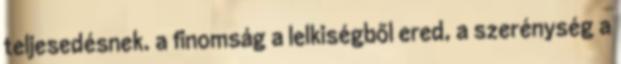
teljesedésnek. a finomság a lelkiségből ered, a szerénység a